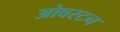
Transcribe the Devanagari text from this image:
ओवरटन